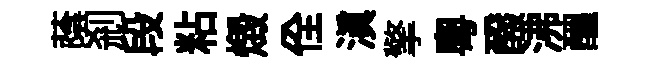
蔭剎段粘燬佺滇擎粵醱沸醖